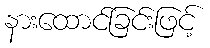
နားထောင်ခြင်းဖြင့်